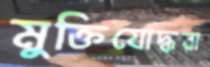
মুক্তিযোদ্ধরা